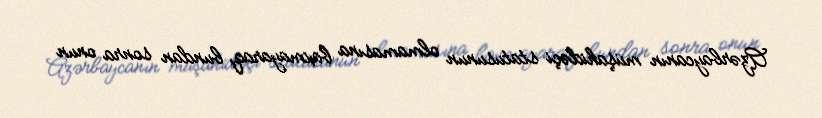
Azərbaycanın müşahidəçi statusunun olmamasına baxmayaraq, bundan sonra onun